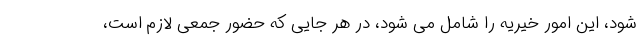
شود، این امور خیریه را شامل می شود، در هر جایی که حضور جمعی لازم است،